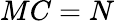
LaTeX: MC=N